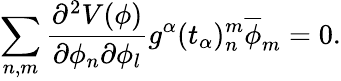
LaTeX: \sum_{n,m}{\frac{\partial^{2}V(\phi)}{\partial\phi_{n}\partial\phi_{l}}}g^{\alpha}(t_{\alpha})_{n}^{m}\overline{{{\phi}}}_{m}=0.